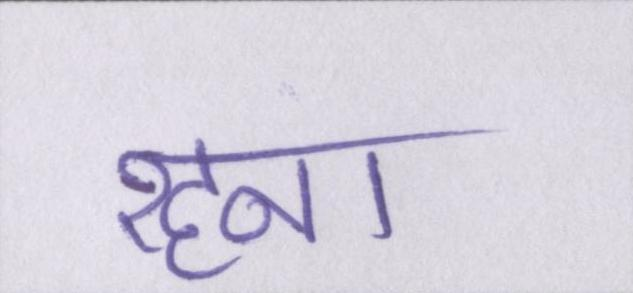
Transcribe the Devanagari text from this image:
रहना